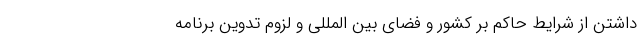
داشتن از شرایط حاکم بر کشور و فضای بین المللی و لزوم تدوین برنامه